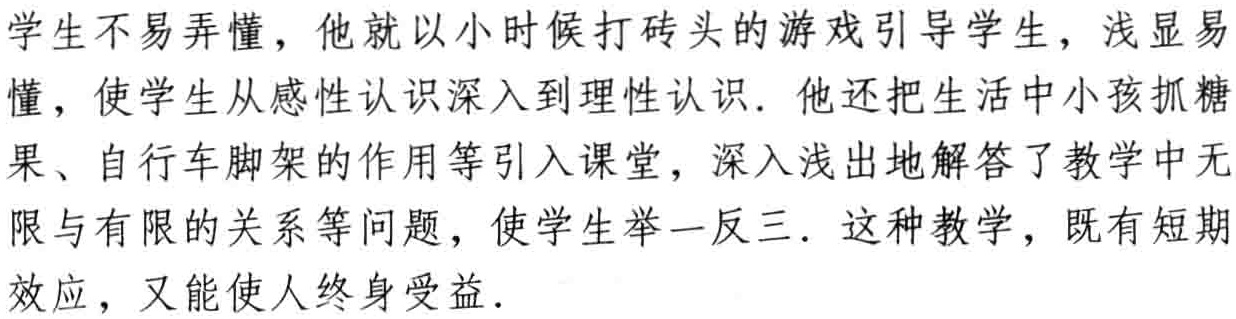
学生不易弄懂，他就以小时候打砖头的游戏引导学生，浅显易
懂，使学生从感性认识深入到理性认识. 他还把生活中小孩抓糖
果、自行车脚架的作用等引入课堂，深入浅出地解答了教学中无
限与有限的关系等问题，使学生举一反三. 这种教学，既有短期
效应，又能使人终身受益.